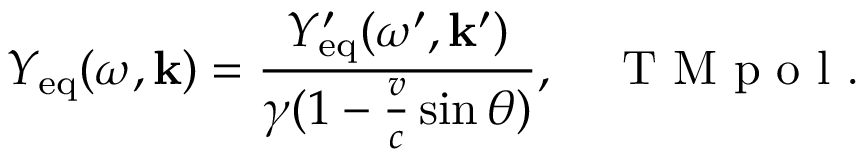
Y _ { \mathrm { e q } } ( \omega , \mathbf { k } ) = \frac { Y _ { \mathrm { e q } } ^ { \prime } ( \omega ^ { \prime } , \mathbf { k } ^ { \prime } ) } { \gamma ( 1 - \frac { v } { c } \sin \theta ) } , \quad \textrm { T M p o l . }